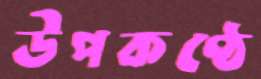
উপকণ্ঠে